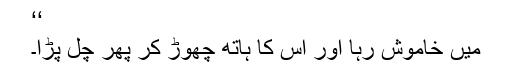
‘‘
میں خاموش رہا اور اس کا ہاتھ چھوڑ کر پھر چل پڑا۔